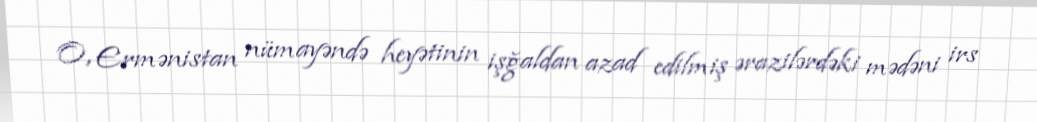
O, Ermənistan nümayəndə heyətinin işğaldan azad edilmiş ərazilərdəki mədəni irs